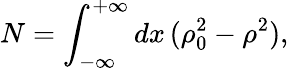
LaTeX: N=\int_{-\infty}^{+\infty}dx\, (\rho_{0}^{2}-\rho^{2}),